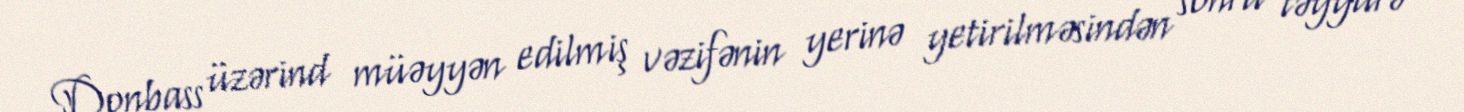
Donbass üzərind müəyyən edilmiş vəzifənin yerinə yetirilməsindən sonra təyyarə